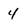
Character: 4